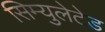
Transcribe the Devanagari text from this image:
सिम्युलेटेड